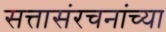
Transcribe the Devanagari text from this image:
सत्तासंरचनांच्या